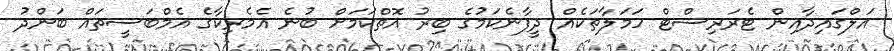
އަލްގައިދާއިން ޓެރަރިސްޓް ހަމަލާތަކެއް ދީފާނެކަމުގެ ބިރު އޮތްކަމަށް ބުނެ އެމެރިކާގެ އެމްބަސީތައް ބަންދު